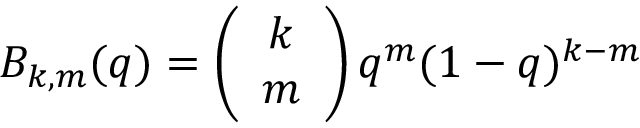
B _ { k , m } ( q ) = \left( \begin{array} { c } { k } \\ { m } \end{array} \right) q ^ { m } ( 1 - q ) ^ { k - m }